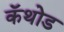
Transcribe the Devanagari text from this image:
कॅथोड